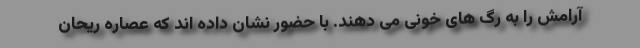
آرامش را به رگ های خونی می دهند. با حضور نشان داده اند که عصاره ریحان